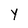
Character: Y